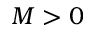
M > 0